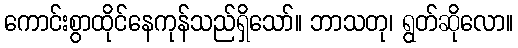
ကောင်းစွာထိုင်နေကုန်သည်ရှိသော်။ ဘာသတု၊ ရွတ်ဆိုလော။